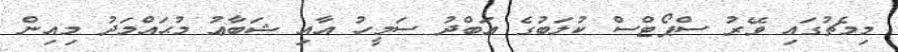
މިމެޗުގައި ވޭރު ސްޕޯޓްސް ކުލަބުގެ ޢަބްދު ސަމީހު އާއި ޝަބާޢު މުޙައްމަދު މިއިން